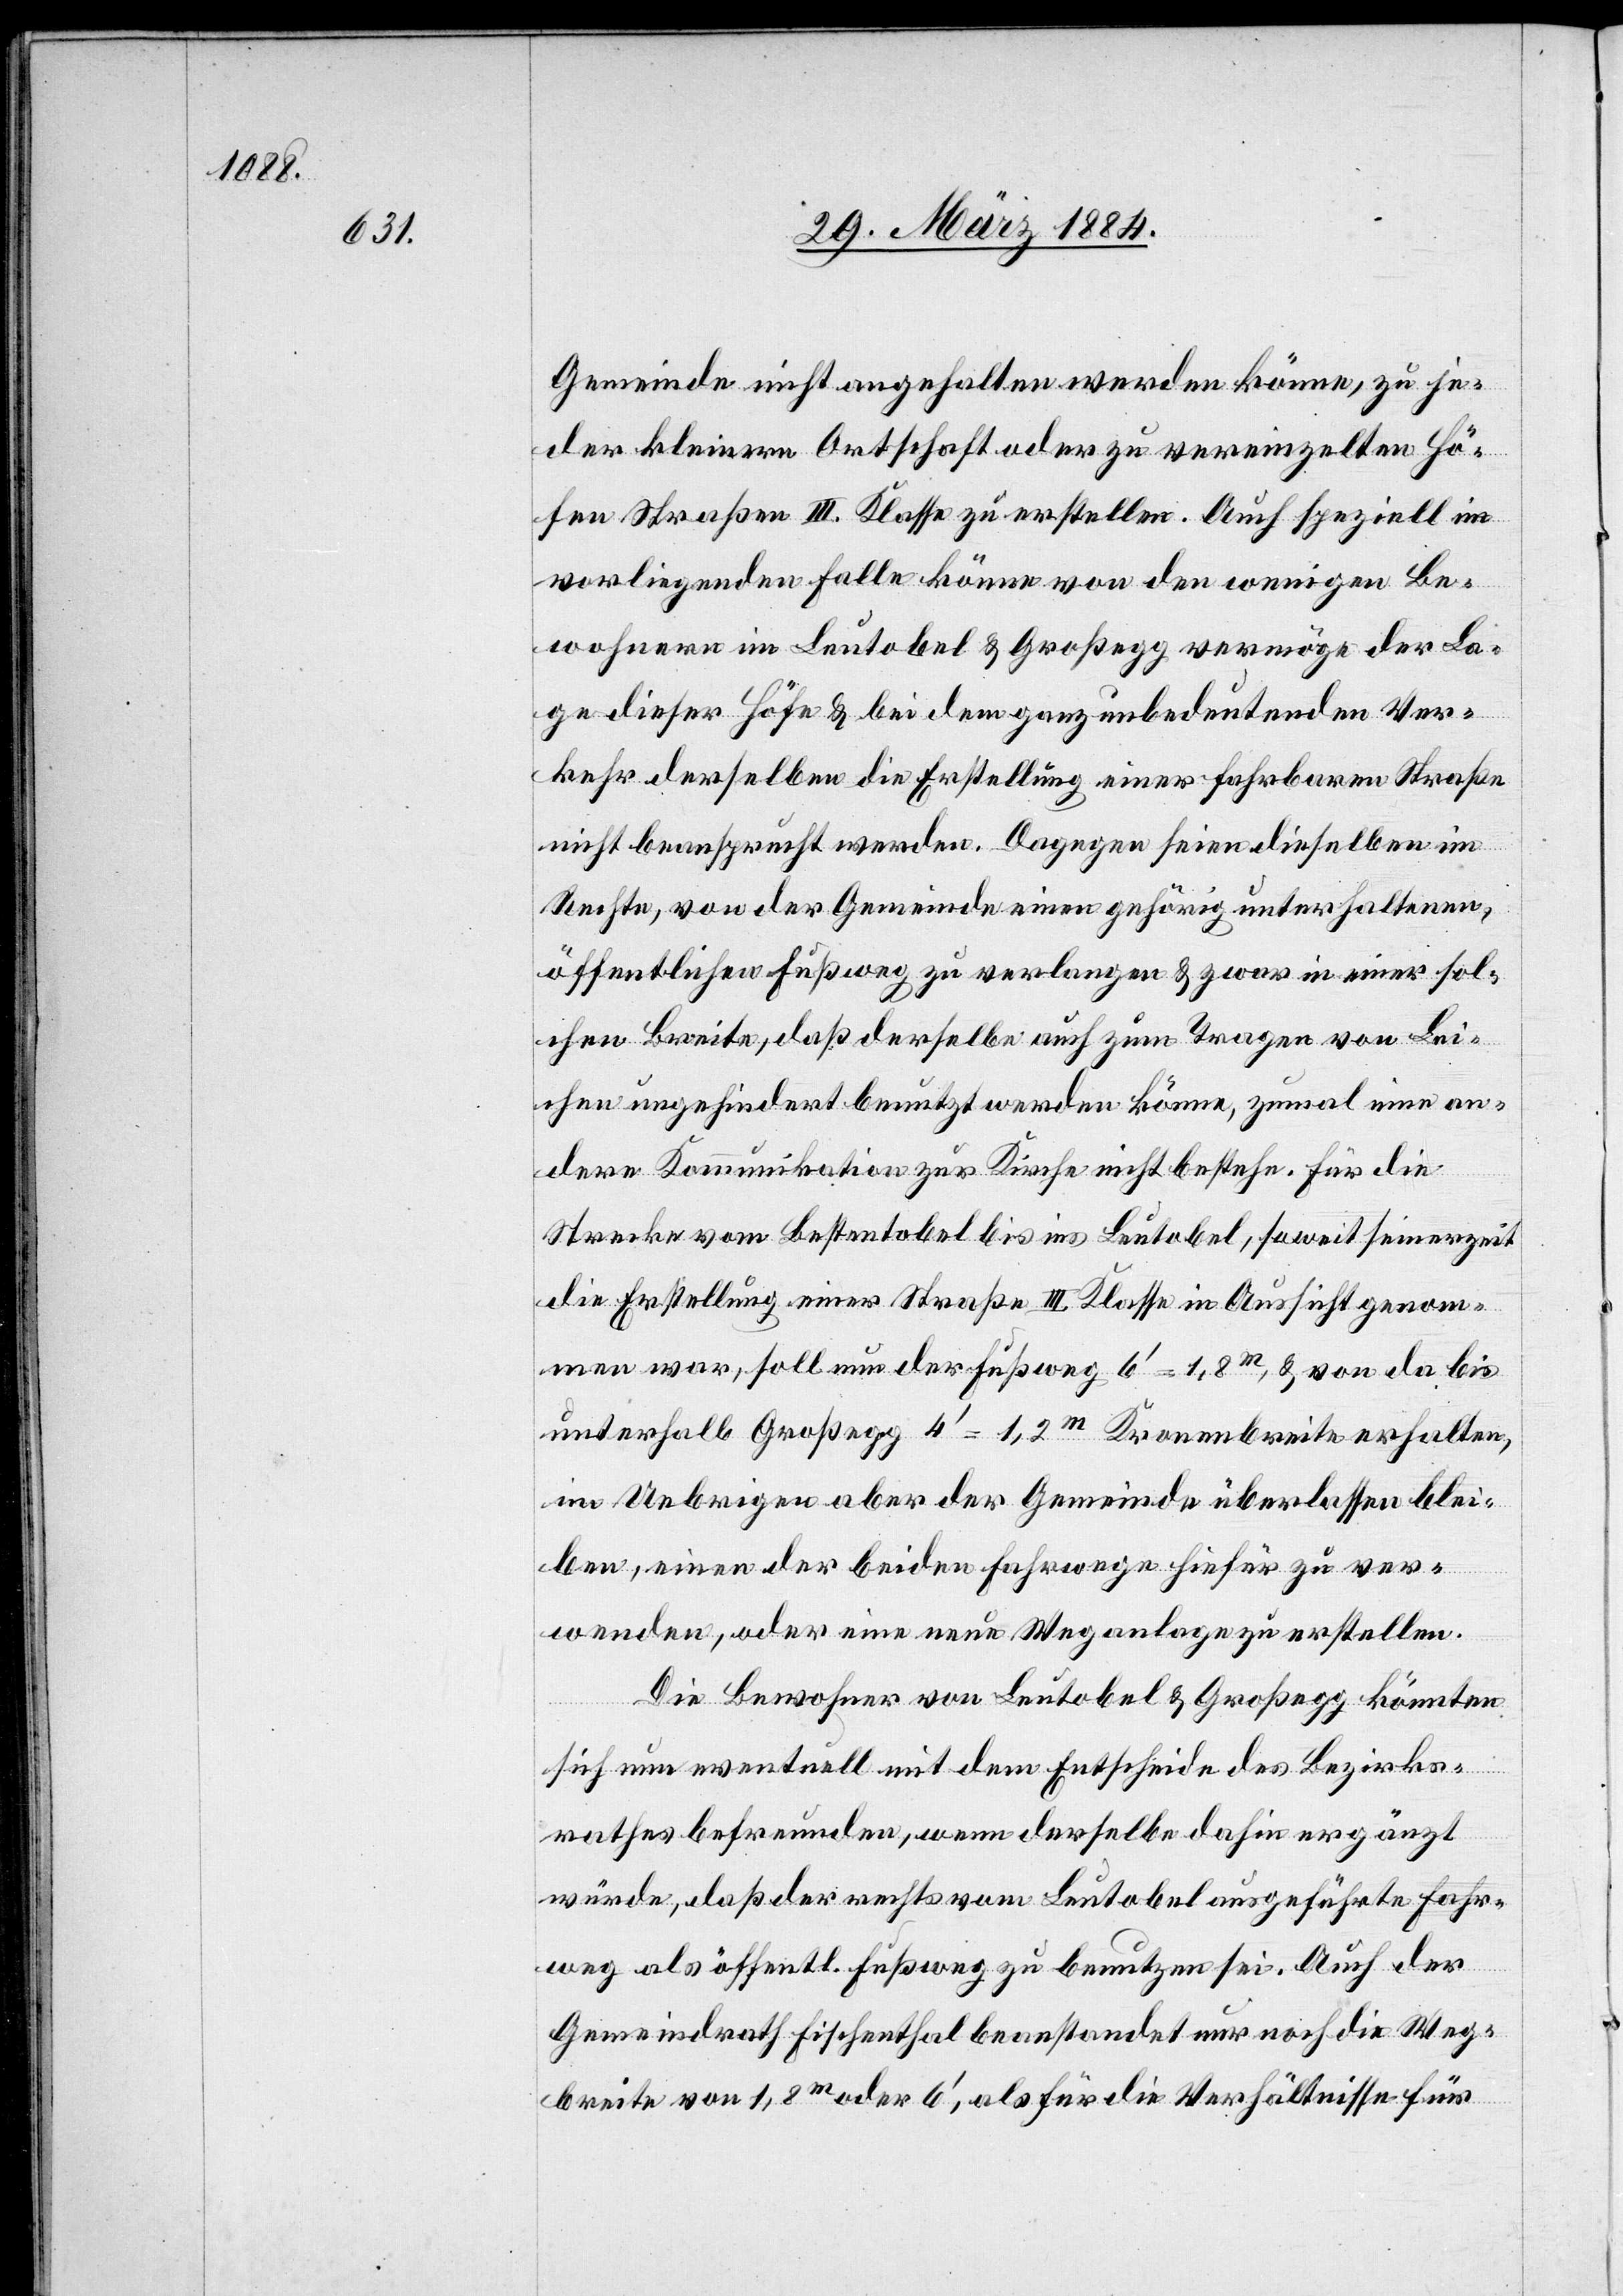
Gemeinde nicht angehalten werden könne, zu je¬
der kleinern Ortschaft oder zu vereinzelten Hö¬
fen Straßen III. Klasse zu erstellen. Auch speziell im
vorliegenden Falle könne von den wenigen Be¬
wohnern im Leutobel & Großegg vermöge der La¬
ge dieser Höfe & bei dem ganz unbedeutenden Ver¬
kehr derselben die Erstellung einer fahrbaren Straße
nicht beansprucht werden. Dagegen seien dieselben im
Rechte, von der Gemeinde einen gehörig unterhaltenen,
öffentlichen Fußweg zu verlangen & zwar in einer sol¬
chen Breite, daß derselbe auch zum Tragen von Lei¬
chen ungehindert benutzt werden könne, zumal eine an¬
dere Kommunikation zur Kirche nicht bestehe. Für die
Strecke vom Bestentobel bis ins Leutobel, soweit seinerzeit
die Erstellung einer Straße III. Klasse in Aussicht genom¬
men war, soll nun der Fußweg 6’ = 1,8m, & von da bis
unterhalb Großegg 4’ = 1,2m Kronenbreite erhalten,
im Uebrigen aber der Gemeinde überlassen blei¬
ben, einen der beiden Fahrwege hiefür zu ver¬
wenden, oder eine neue Weganlage zu erstellen.
Die Bewohner von Leutobel & Großegg könnten
sich nun eventuell mit dem Entscheide des Bezirks¬
rathes befreunden, wenn derselbe dahin ergänzt
würde, daß der rechts vom Leutobel ausgeführte Fahr¬
weg als öffentl. Fußweg zu benutzen sei. Auch der
Gemeindrath Fischenthal beanstandet nur noch die Weg¬
breite von 1,8m oder 6’, als für die Verhältnisse für